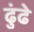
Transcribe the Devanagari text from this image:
ढुंढे